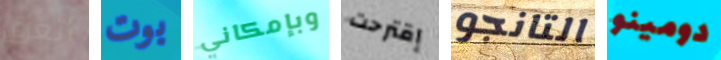
أتعرق بوت وبإمكاني إقترحت التانجو دومينو